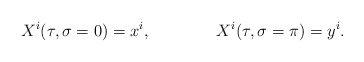
\begin{align*}X^i(\tau,\sigma=0)=x^i, \qquad\qquad X^i(\tau,\sigma=\pi)=y^i.\end{align*}